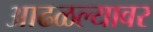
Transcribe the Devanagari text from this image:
आढळल्यावर